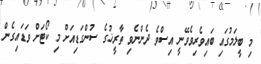
މި ބީލަމުގައި ބައިވެރިވެވޭނީ އިސްވެ ދެންނެވި ތާރީޚުގެ ސުންގަޑިއަށް މި ކޯޓަށް ވަޑައިގެން